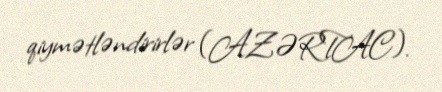
qiymətləndirirlər (AZƏRTAC).